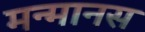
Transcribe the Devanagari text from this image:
मन्मानस